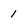
Character: 1